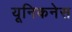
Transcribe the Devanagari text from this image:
यूनिकनेस